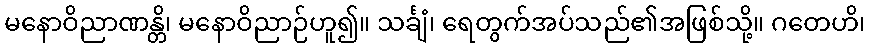
မနောဝိညာဏန္တိ၊ မနောဝိညာဉ်ဟူ၍။ သင်္ချံ၊ ရေတွက်အပ်သည်၏အဖြစ်သို့။ ဂတေဟိ၊